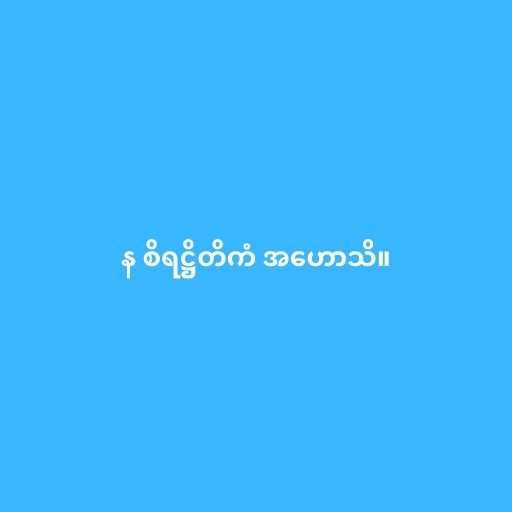
န စိရဋ္ဌိတိကံ အဟောသိ။